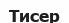
Тисер